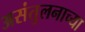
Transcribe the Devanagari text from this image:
असंतुलनाच्या